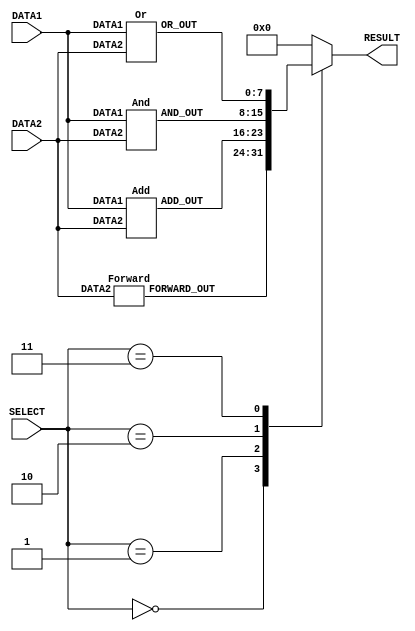
module Alu (RESULT, DATA1, DATA2, SELECT);

// port declaration
input [7:0] DATA1, DATA2;
input [2:0] SELECT;
output reg [7:0] RESULT;
wire [7:0] ADD_OUT, FORWARD_OUT, AND_OUT, OR_OUT;


// module initialize
Forward fwd1(FORWARD_OUT, DATA2 );
Add add1(ADD_OUT, DATA1, DATA2 );
And and1(AND_OUT, DATA1, DATA2 );
Or or1(OR_OUT, DATA1, DATA2 );

always @(*) begin //always @(*) begin
    

    case (SELECT)
        'b000:
             RESULT = FORWARD_OUT;
        'b001:
            RESULT = ADD_OUT; 
        'b010:
            RESULT = AND_OUT; 
        'b011:
             RESULT = OR_OUT; 
        default:
            RESULT = 'b00000000;

    endcase
end

endmodule

// arithmatic modules

module Forward (FORWARD_OUT, DATA2);
    input [7:0]  DATA2;
    output [7:0] FORWARD_OUT;
    assign #1 FORWARD_OUT =  DATA2; 
    
endmodule

module Add (ADD_OUT, DATA1, DATA2);
    input [7:0] DATA1, DATA2;
    output [7:0] ADD_OUT;
    assign #2  ADD_OUT =  DATA1+DATA2; 
    
endmodule

module And (AND_OUT, DATA1, DATA2);
    input [7:0] DATA1, DATA2;
    output [7:0] AND_OUT;
    assign #1 AND_OUT =  DATA1 & DATA2; 
    
endmodule

module Or (OR_OUT, DATA1, DATA2);
    input [7:0] DATA1, DATA2;
    output [7:0] OR_OUT;
    assign  #1 OR_OUT =  DATA1 | DATA2; 
    
endmodule